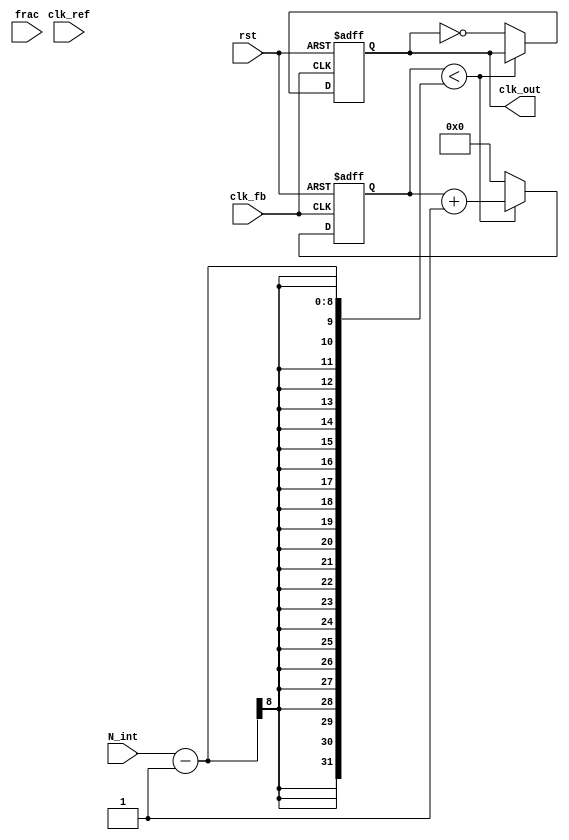
module frac_n_pll (
    input wire clk_ref,        // Reference clock input
    input wire clk_fb,         // Feedback clock input from VCO
    input wire rst,            // Reset signal
    input wire [N-1:0] N_int,  // Integer division value
    input wire [M-1:0] frac,   // Fractional value for fractional division
    output reg clk_out         // Output clock signal
);

parameter N = 8;              // Width of integer division value
parameter M = 4;              // Width of fractional value
parameter VCO_MAX_FREQ = 100; // Maximum frequency of VCO (in MHz)

// Phase Frequency Detector
reg up, down;
always @(posedge clk_ref or posedge rst) begin
    if (rst) begin
        up <= 0;
        down <= 0;
    end else begin
        if (clk_ref && !clk_fb) begin
            up <= 1;
            down <= 0;
        end else if (!clk_ref && clk_fb) begin
            up <= 0;
            down <= 1;
        end else begin
            up <= 0;
            down <= 0;
        end
    end
end

// Charge Pump
reg [7:0] cp_output; // Control voltage output
always @(posedge clk_ref or posedge rst) begin
    if (rst) begin
        cp_output <= 0;
    end else begin
        if (up) begin
            cp_output <= cp_output + 1; // Charge
        end else if (down) begin
            cp_output <= cp_output - 1; // Discharge
        end
    end
end

// Loop Filter (simple first-order)
reg [7:0] filter_output;
always @(posedge clk_ref or posedge rst) begin
    if (rst) begin
        filter_output <= 0;
    end else begin
        filter_output <= cp_output; // Directly using charge pump output
    end
end

// Voltage-Controlled Oscillator (VCO)
reg [7:0] vco_freq; // VCO frequency control
always @(posedge clk_ref or posedge rst) begin
    if (rst) begin
        vco_freq <= 0;
    end else begin
        vco_freq <= filter_output; // Control frequency from loop filter
    end
end

// Frequency Divider
reg [N-1:0] counter;
always @(posedge clk_fb or posedge rst) begin
    if (rst) begin
        counter <= 0;
        clk_out <= 0;
    end else begin
        if (counter < N_int - 1) begin
            counter <= counter + 1;
        end else begin
            counter <= 0;
            clk_out <= ~clk_out; // Toggle output clock
        end
    end
end

endmodule